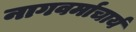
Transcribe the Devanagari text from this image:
नागवर्माचार्य